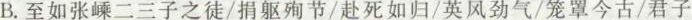
B.至如张嵊二三子之徒/捐躯殉节/赴死如归/英风劲气/笼罩今古/君子